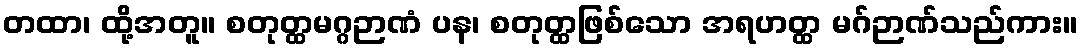
တထာ၊ ထို့အတူ။ စတုတ္ထမဂ္ဂဉာဏံ ပန၊ စတုတ္ထဖြစ်သော အရဟတ္ထ မဂ်ဉာဏ်သည်ကား။